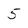
Character: 5